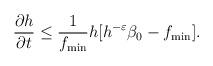
LaTeX: \begin{align*}\frac{\partial h}{\partial t}\leq \frac{1}{f_{\min}}h[h^{-\varepsilon}\beta_{0}-f_{\min}].\end{align*}